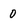
Character: 0